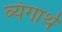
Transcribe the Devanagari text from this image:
व्यंगार्थ